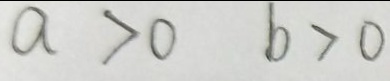
a > 0 b > 0